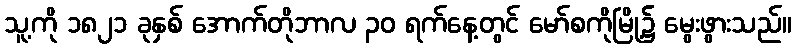
သူ့ကို ၁၈၂၁ ခုနှစ် အောက်တိုဘာလ ၃၀ ရက်နေ့တွင် မော်စကိုမြို့၌ မွေးဖွားသည်။